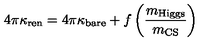
4 \pi \kappa _ { \mathrm { r e n } } = 4 \pi \kappa _ { \mathrm { b a r e } } + f \left( { \frac { m _ { \mathrm { H i g g s } } } { m _ { \mathrm { C S } } } } \right)